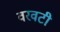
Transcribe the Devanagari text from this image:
वरवटी